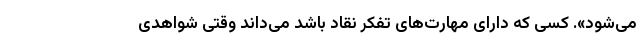
می‌شود». کسی که دارای مهارت‌های تفکر نقاد باشد می‌داند وقتی شواهدی